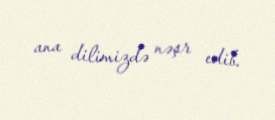
ana dilimizdə nəşr edib.